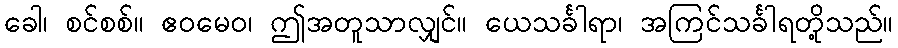
ခေါ၊ စင်စစ်။ ဧဝမေဝ၊ ဤအတူသာလျှင်။ ယေသင်္ခါရာ၊ အကြင်သင်္ခါရတို့သည်။